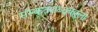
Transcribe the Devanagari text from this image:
संस्कृतशब्दबहुला